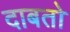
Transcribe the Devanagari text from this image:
दाबतो